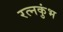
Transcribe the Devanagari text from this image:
रत्नकुंभ